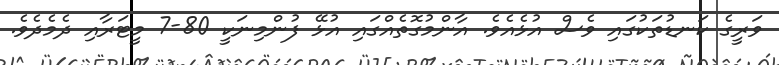
ވަރީގެ ކަނޑުތަކުގައި ވެސް އުޅެއެވެ. އާންމުގޮތެއްގައި އުޅޭ ފުންމިނަކީ 80-7 މީޓަރާއި ދެމެދެވެ.